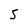
Character: 5